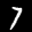
Label: 7